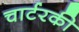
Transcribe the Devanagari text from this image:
चार्टरकी